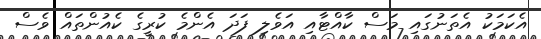
އެކަމަކު އެތަނުގައި މަސް ކާއްޓާއި އަވެލި ފަދަ އެންމެ ކުރީގެ ކެއުންތައް ވެސް